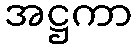
အဋ္ဌကာ